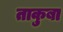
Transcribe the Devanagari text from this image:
ताकुबा